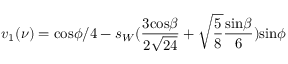
v _ { 1 } ( \nu ) = \mathrm { c o s } \phi / 4 - s _ { W } ( \frac { 3 \mathrm { c o s } \beta } { 2 \sqrt { 2 4 } } + \sqrt { \frac 5 8 } \frac { \mathrm { s i n } \beta } { 6 } ) \mathrm { s i n } \phi